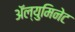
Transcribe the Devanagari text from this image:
ॲल्युमिनेट